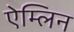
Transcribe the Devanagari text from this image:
ऐम्लिन